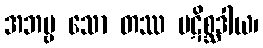
အဘဗ္ဗ သော တဿ ပဋိစ္ဆဒါယ၊